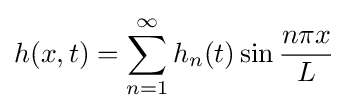
h(x,t)=\sum _{n=1}^{\infty }h_{n}(t)\sin {\frac {n\pi x}{L}}